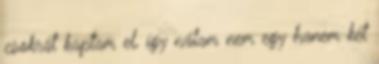
csokrát kaptam el, így nálam nem egy hanem két